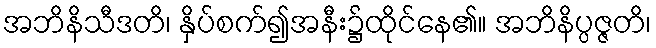
အဘိနိသီဒတိ၊ နှိပ်စက်၍အနီး၌ထိုင်နေ၏။ အဘိနိပ္ပဇ္ဇတိ၊